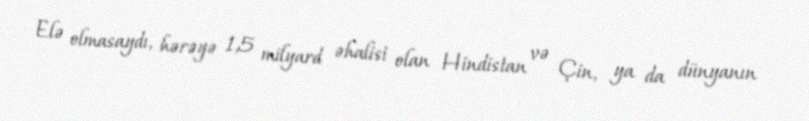
Elə olmasaydı, hərəyə 1,5 milyard əhalisi olan Hindistan və Çin, ya da dünyanın